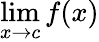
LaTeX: \operatorname*{lim}_{x\to c}f(x)